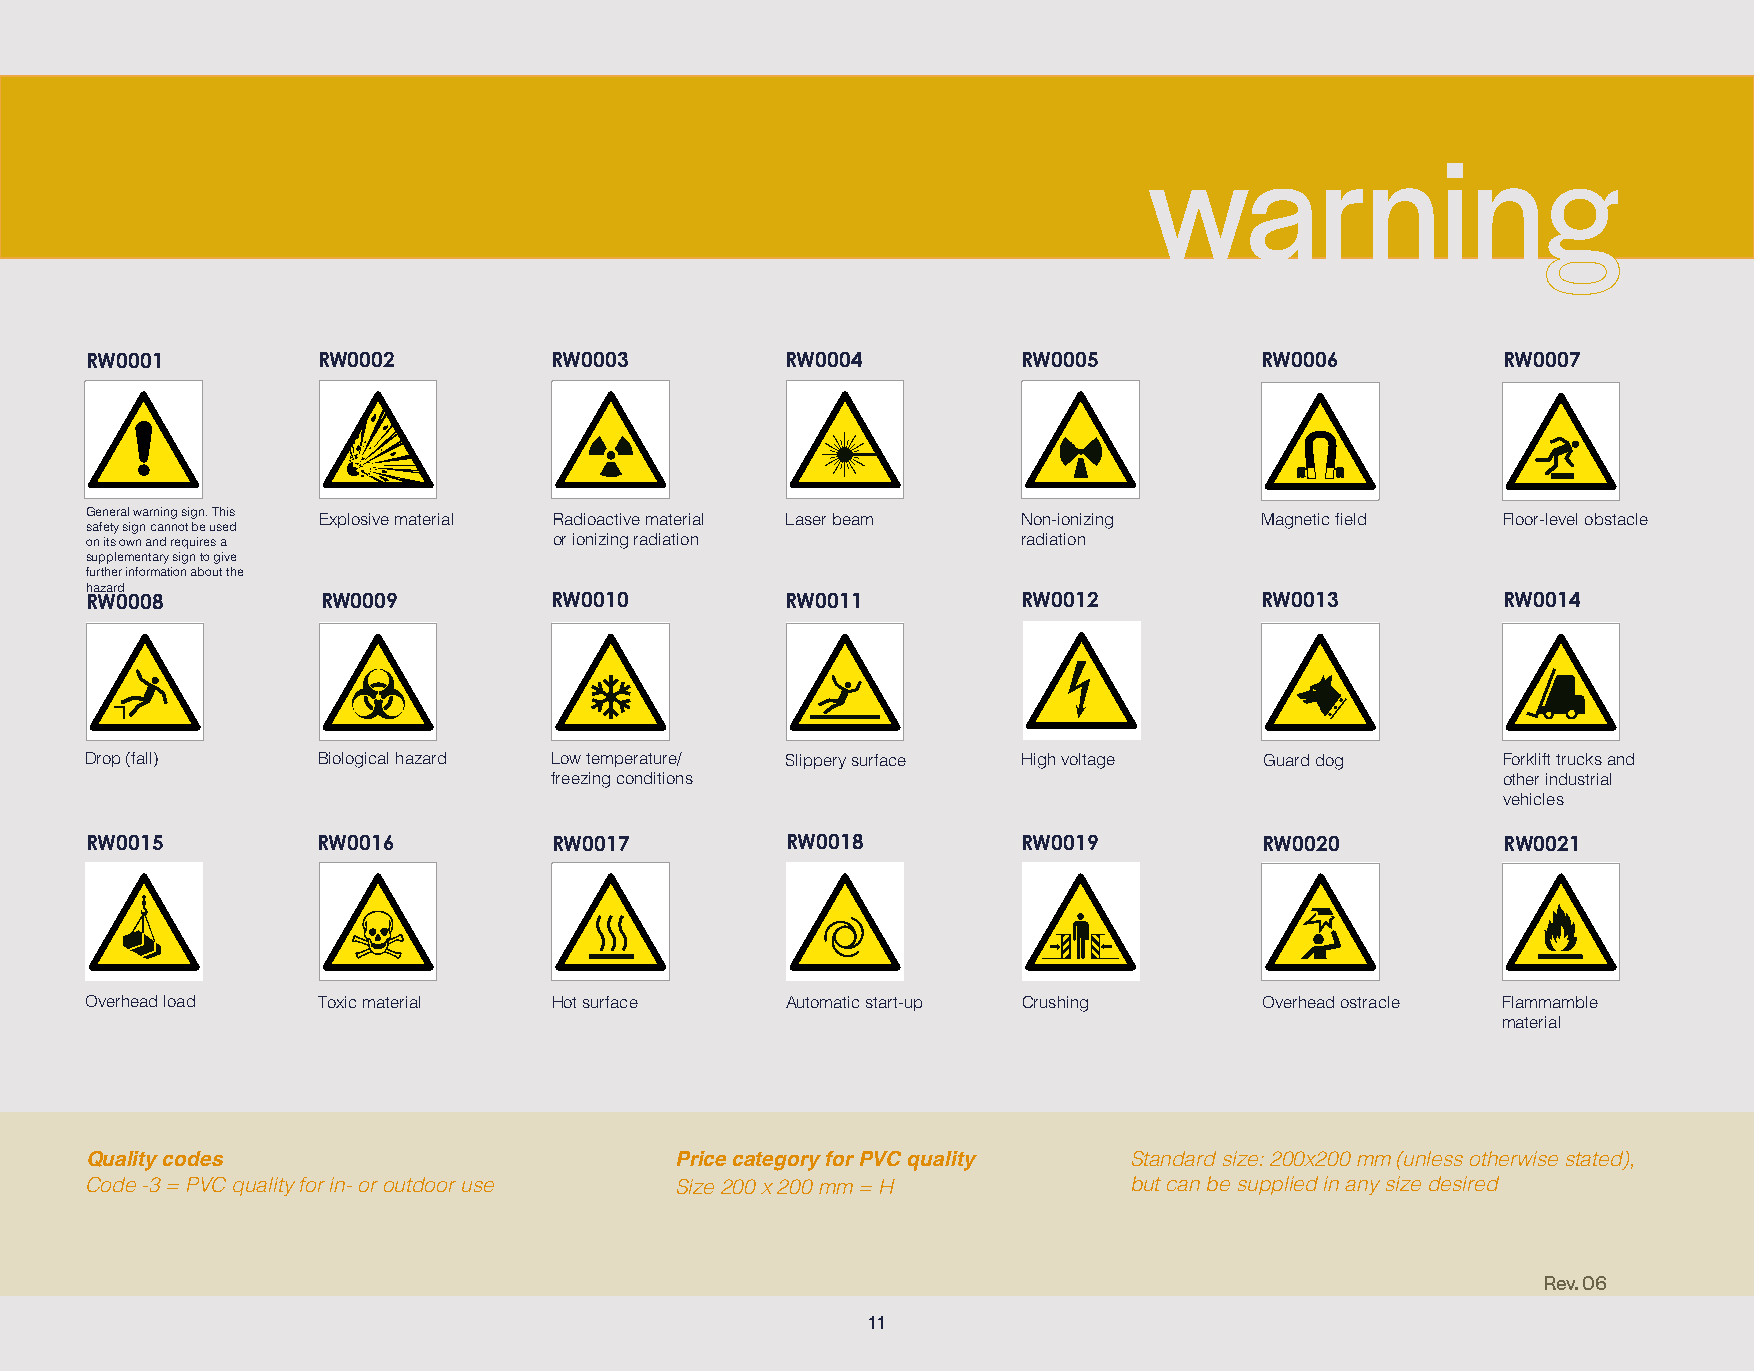
warning
 RW0001         RW0002         RW0003          RW0004          RW0005         RW0006          RW0007
 General warning sign. This Explosive material Radioactive material Laser beam Non-ionizing Magnetic field Floor-level obstacle
 safety sign cannot be used
 on its own and requires a      or ionizing radiation          radiation
 supplementary sign to give
 further information about the
 hazard
 RW0008         RW0009         RW0010          RW0011          RW0012         RW0013          RW0014
 Drop (fall)    Biological hazard Low temperature/ Slippery surface High voltage Guard dog    Forklift trucks and
 freezing conditions                                            other industrial
 vehicles
 RW0015         RW0016          RW0017         RW0018          RW0019          RW0020          RW0021
 Overhead load  Toxic material  Hot surface    Automatic start-up Crushing     Overhead ostracle Flammamble
 material
 Standard size: 200x200 mm,
 Quality codes                          Price category for PVC quality Standard size: 200x200 mm (unless otherwise stated),
 but can be supplied in any size desired
 Code -3 = PVC quality for in- or outdoor use S i z e 200 x 200 mm = H but can be supplied in any size desired
 Can also be manufactured in PVC, aluminum,
 adhesive or V-shaped signs
 Rev. 06
 11